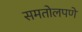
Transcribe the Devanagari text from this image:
समतोलपणे